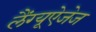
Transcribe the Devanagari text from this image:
लैंग्यूऐजेज